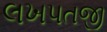
લખપતજી